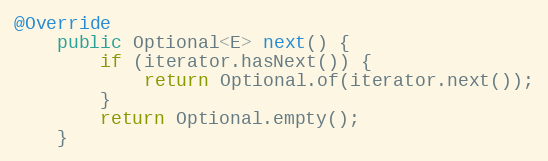
Language: Java
@Override
    public Optional<E> next() {
        if (iterator.hasNext()) {
            return Optional.of(iterator.next());
        }
        return Optional.empty();
    }